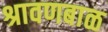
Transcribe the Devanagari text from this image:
श्रावणबाळ